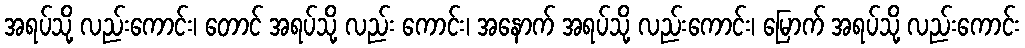
အရပ်သို့ လည်းကောင်း၊ တောင် အရပ်သို့ လည်း ကောင်း၊ အနောက် အရပ်သို့ လည်းကောင်း၊ မြောက် အရပ်သို့ လည်းကောင်း